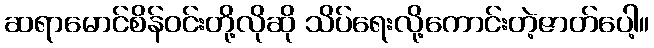
ဆရာမောင်စိန်ဝင်းတို့လိုဆို သိပ်ရေးလို့ကောင်းတဲ့ဇာတ်ပေါ့။